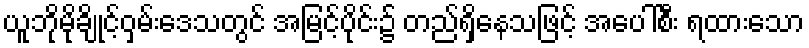
ယူဘိုမိုချိုင့်ဝှမ်းဒေသတွင် အမြင့်ပိုင်း၌ တည်ရှိနေသဖြင့် အပေါ်စီး ရထားသော